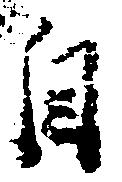
自